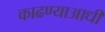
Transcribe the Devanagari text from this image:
काढण्याआधी